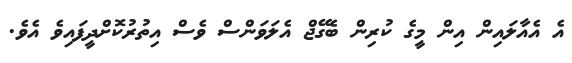
އެ އެއާލައިން އިން މީގެ ކުރިން ބެގޭޖް އެލަވަންސް ވެސް އިތުރުކޮށްދީފައިވެ އެވެ.